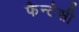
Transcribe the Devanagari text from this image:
फैन्टेसी